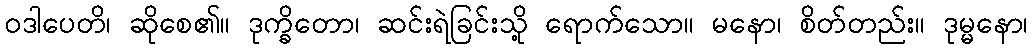
ဝဒါပေတိ၊ ဆိုစေ၏။ ဒုက္ခိတော၊ ဆင်းရဲခြင်းသို့ ရောက်သော။ မနော၊ စိတ်တည်း။ ဒုမ္မနော၊